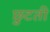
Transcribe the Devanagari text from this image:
छुटती